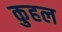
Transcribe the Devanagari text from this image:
कुहल